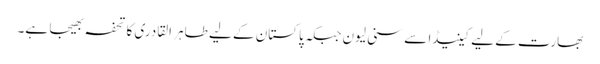
بھارت کے لیے کینیڈا سے سنی لیون جبکہ پاکستان کے لیے طاہر القادری کا تحفہ بھیجا ہے۔